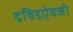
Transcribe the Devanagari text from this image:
द्रविडऐवजी